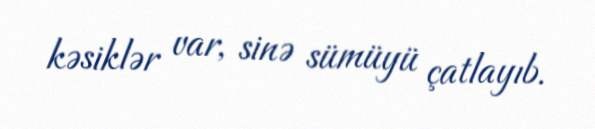
kəsiklər var, sinə sümüyü çatlayıb.